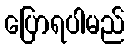
ပြောရပါမည်